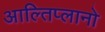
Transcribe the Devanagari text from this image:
आल्तिप्लानो